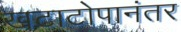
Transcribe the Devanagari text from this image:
खटाटोपानंतर